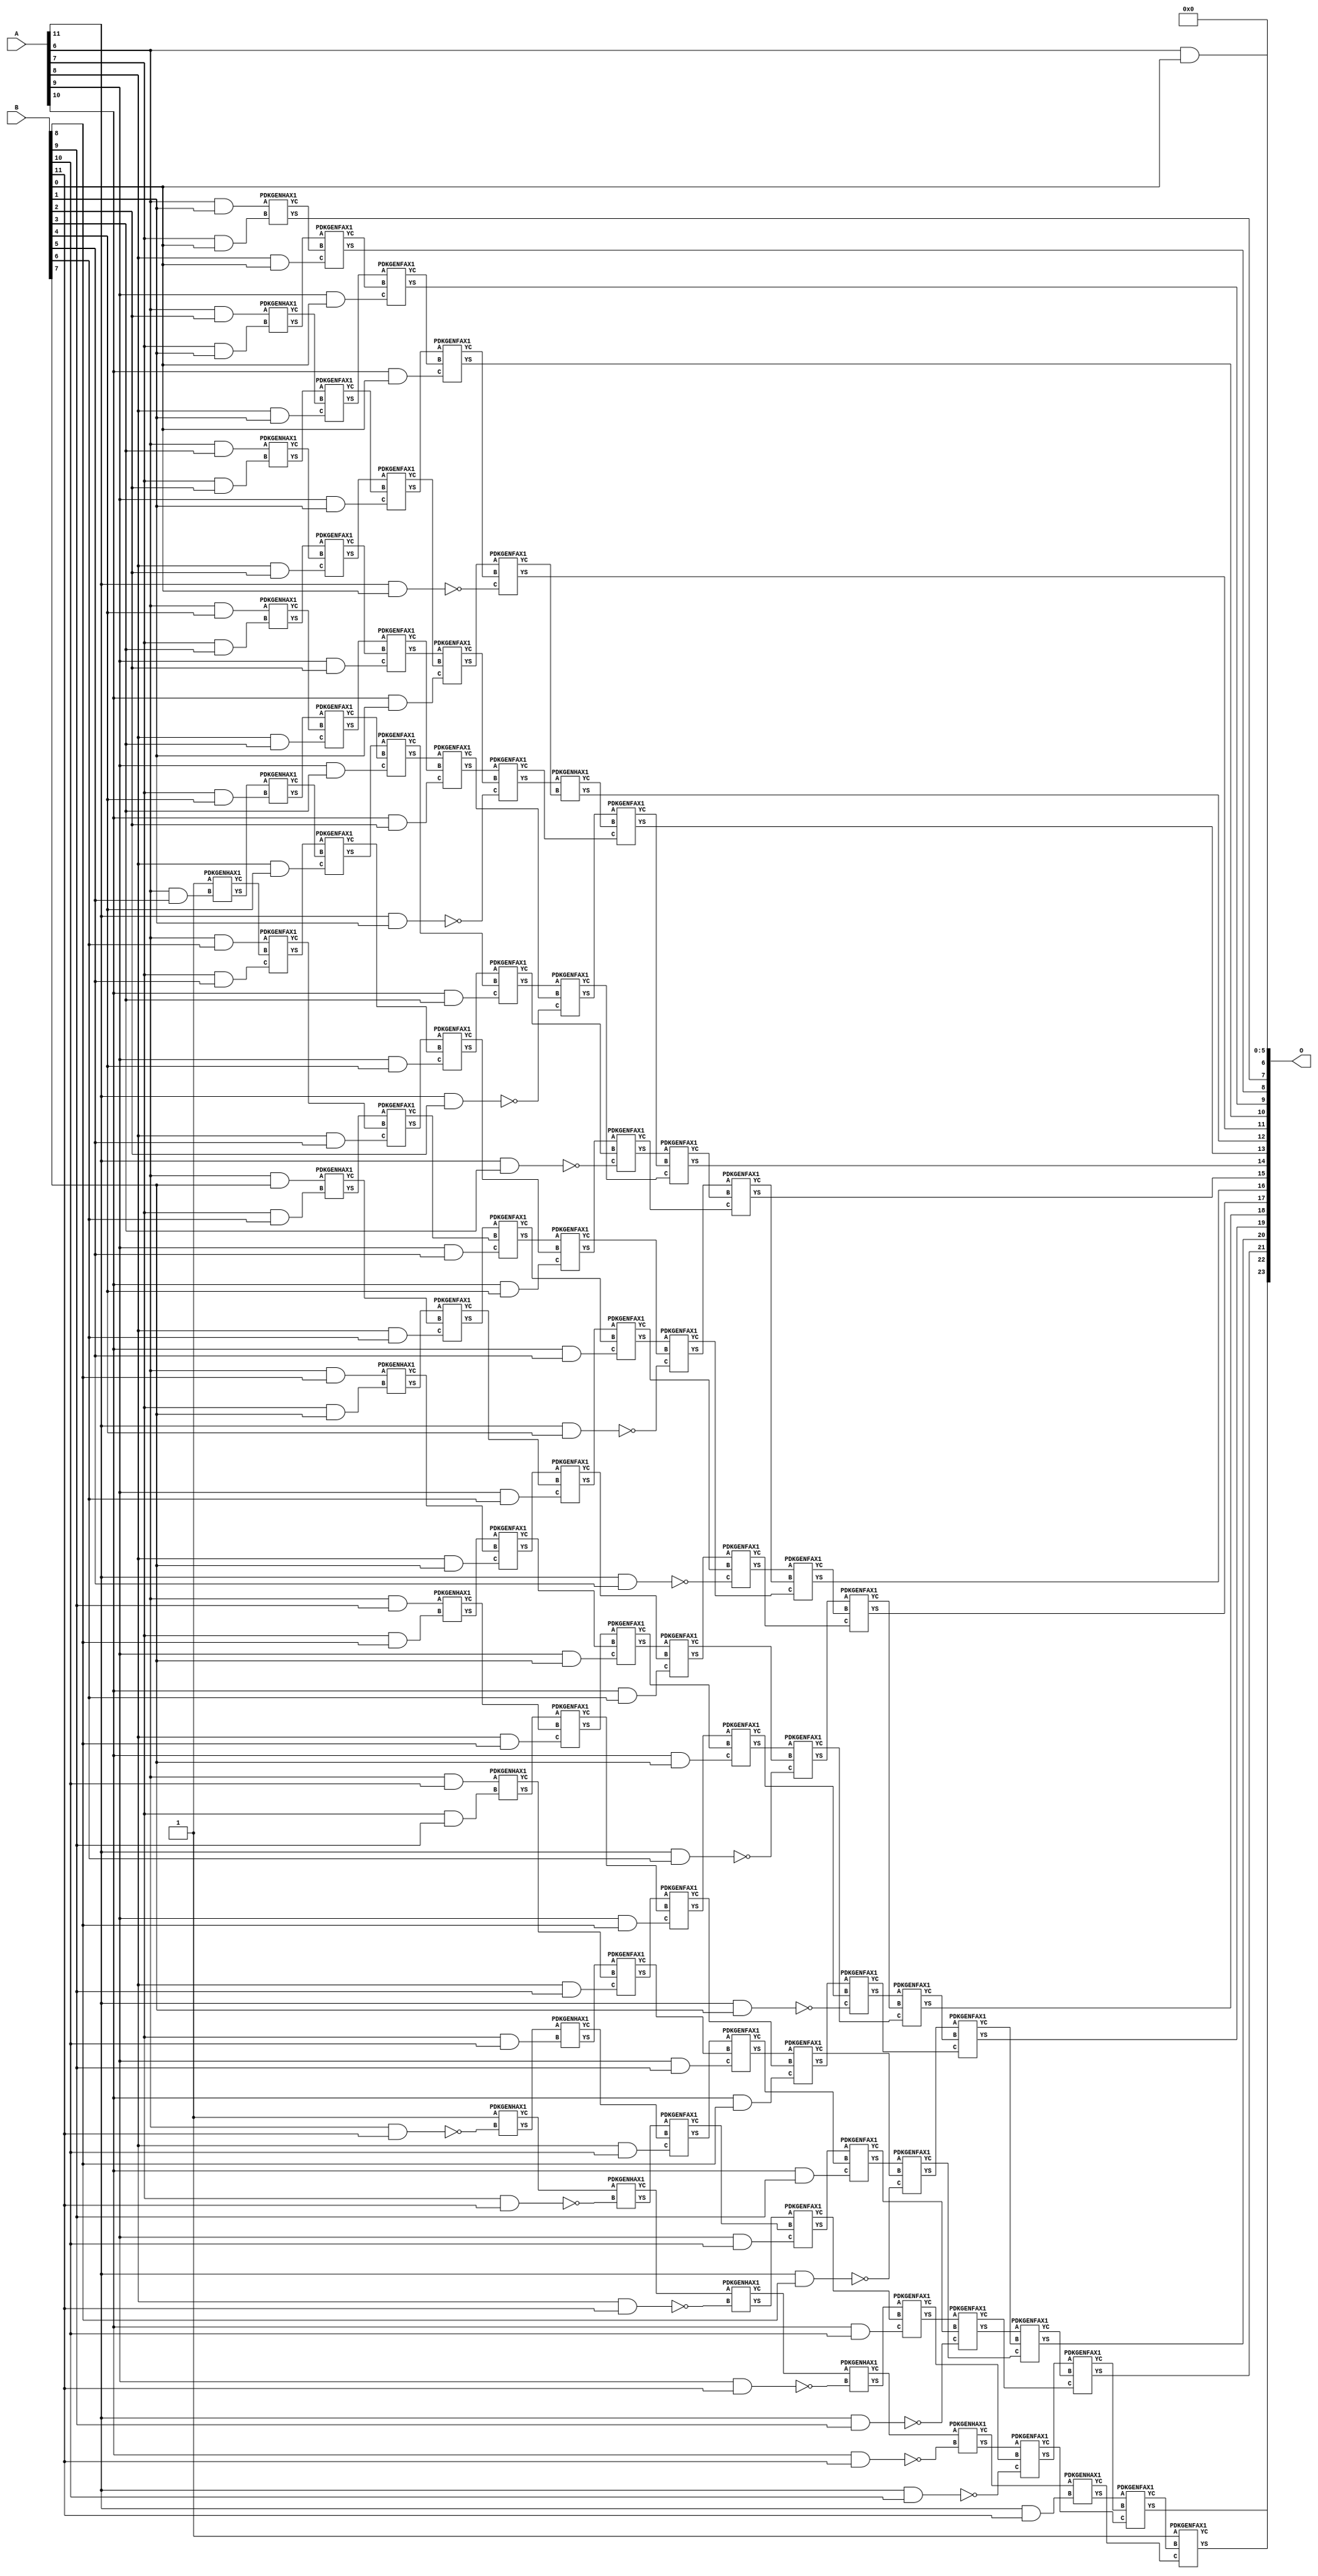
/***
* This code is a part of EvoApproxLib library (ehw.fit.vutbr.cz/approxlib) distributed under The MIT License.
* When used, please cite the following article(s): V. Mrazek, Z. Vasicek, L. Sekanina, H. Jiang and J. Han, "Scalable Construction of Approximate Multipliers With Formally Guaranteed Worst Case Error" in IEEE Transactions on Very Large Scale Integration (VLSI) Systems, vol. 26, no. 11, pp. 2572-2576, Nov. 2018. doi: 10.1109/TVLSI.2018.2856362 
* This file contains a circuit from a sub-set of pareto optimal circuits with respect to the pwr and mre parameters
***/
// MAE% = 0.19 %
// MAE = 32256 
// WCE% = 0.77 %
// WCE = 129024 
// WCRE% = 6300.00 %
// EP% = 98.41 %
// MRE% = 12.72 %
// MSE = 18643.684e5 
// PDK45_PWR = 0.497 mW
// PDK45_AREA = 874.8 um2
// PDK45_DELAY = 1.78 ns


module mul12s_2NM ( A, B, O );
  input [11:0] A;
  input [11:0] B;
  output [23:0] O;

  wire C_10_0,C_10_1,C_10_10,C_10_11,C_10_2,C_10_3,C_10_4,C_10_5,C_10_6,C_10_7,C_10_8,C_10_9,C_11_0,C_11_1,C_11_10,C_11_11,C_11_2,C_11_3,C_11_4,C_11_5,C_11_6,C_11_7,C_11_8,C_11_9,C_12_0,C_12_1,C_12_10,C_12_11,C_12_2,C_12_3,C_12_4,C_12_5,C_12_6,C_12_7,C_12_8,C_12_9,C_6_11,C_6_5,C_7_0,C_7_1,C_7_10,C_7_11,C_7_2,C_7_3,C_7_4,C_7_5,C_7_6,C_7_7,C_7_8,C_7_9,C_8_0,C_8_1,C_8_10,C_8_11,C_8_2,C_8_3,C_8_4,C_8_5,C_8_6,C_8_7,C_8_8,C_8_9,C_9_0,C_9_1,C_9_10,C_9_11,C_9_2,C_9_3,C_9_4,C_9_5,C_9_6,C_9_7,C_9_8,C_9_9,S_0_11,S_10_0,S_10_1,S_10_10,S_10_11,S_10_2,S_10_3,S_10_4,S_10_5,S_10_6,S_10_7,S_10_8,S_10_9,S_11_0,S_11_1,S_11_10,S_11_11,S_11_2,S_11_3,S_11_4,S_11_5,S_11_6,S_11_7,S_11_8,S_11_9,S_12_0,S_12_1,S_12_10,S_12_11,S_12_2,S_12_3,S_12_4,S_12_5,S_12_6,S_12_7,S_12_8,S_12_9,S_1_10,S_2_9,S_3_8,S_4_7,S_5_6,S_6_0,S_6_1,S_6_10,S_6_11,S_6_2,S_6_3,S_6_4,S_6_5,S_6_6,S_6_7,S_6_8,S_6_9,S_7_0,S_7_1,S_7_10,S_7_11,S_7_2,S_7_3,S_7_4,S_7_5,S_7_6,S_7_7,S_7_8,S_7_9,S_8_0,S_8_1,S_8_10,S_8_11,S_8_2,S_8_3,S_8_4,S_8_5,S_8_6,S_8_7,S_8_8,S_8_9,S_9_0,S_9_1,S_9_10,S_9_11,S_9_2,S_9_3,S_9_4,S_9_5,S_9_6,S_9_7,S_9_8,S_9_9;

  assign S_0_11 = 1'b1;
  assign S_1_10 = 1'b1;
  assign S_2_9 = 1'b1;
  assign S_3_8 = 1'b1;
  assign S_4_7 = 1'b1;
  assign S_5_6 = 1'b1;
  assign S_6_0 = (A[6] & B[0]);
  assign S_6_1 = (A[6] & B[1]);
  assign S_6_2 = (A[6] & B[2]);
  assign S_6_3 = (A[6] & B[3]);
  assign S_6_4 = (A[6] & B[4]);
  PDKGENHAX1 U51702 (.A(S_5_6), .B((A[6] & B[5])), .YS(S_6_5), .YC(C_6_5));
  assign S_6_6 = (A[6] & B[6]);
  assign S_6_7 = (A[6] & B[7]);
  assign S_6_8 = (A[6] & B[8]);
  assign S_6_9 = (A[6] & B[9]);
  assign S_6_10 = (A[6] & B[10]);
  PDKGENHAX1 U51708 (.A(1'b1), .B(~(A[6] & B[11])), .YS(S_6_11), .YC(C_6_11));
  PDKGENHAX1 U51709 (.A(S_6_1), .B((A[7] & B[0])), .YS(S_7_0), .YC(C_7_0));
  PDKGENHAX1 U51710 (.A(S_6_2), .B((A[7] & B[1])), .YS(S_7_1), .YC(C_7_1));
  PDKGENHAX1 U51711 (.A(S_6_3), .B((A[7] & B[2])), .YS(S_7_2), .YC(C_7_2));
  PDKGENHAX1 U51712 (.A(S_6_4), .B((A[7] & B[3])), .YS(S_7_3), .YC(C_7_3));
  PDKGENHAX1 U51713 (.A(S_6_5), .B((A[7] & B[4])), .YS(S_7_4), .YC(C_7_4));
  PDKGENFAX1 U51714 (.A(S_6_6), .B(C_6_5), .C((A[7] & B[5])), .YS(S_7_5), .YC(C_7_5));
  PDKGENHAX1 U51715 (.A(S_6_7), .B((A[7] & B[6])), .YS(S_7_6), .YC(C_7_6));
  PDKGENHAX1 U51716 (.A(S_6_8), .B((A[7] & B[7])), .YS(S_7_7), .YC(C_7_7));
  PDKGENHAX1 U51717 (.A(S_6_9), .B((A[7] & B[8])), .YS(S_7_8), .YC(C_7_8));
  PDKGENHAX1 U51718 (.A(S_6_10), .B((A[7] & B[9])), .YS(S_7_9), .YC(C_7_9));
  PDKGENHAX1 U51719 (.A(S_6_11), .B((A[7] & B[10])), .YS(S_7_10), .YC(C_7_10));
  PDKGENHAX1 U51720 (.A(C_6_11), .B(~(A[7] & B[11])), .YS(S_7_11), .YC(C_7_11));
  PDKGENFAX1 U51721 (.A(S_7_1), .B(C_7_0), .C((A[8] & B[0])), .YS(S_8_0), .YC(C_8_0));
  PDKGENFAX1 U51722 (.A(S_7_2), .B(C_7_1), .C((A[8] & B[1])), .YS(S_8_1), .YC(C_8_1));
  PDKGENFAX1 U51723 (.A(S_7_3), .B(C_7_2), .C((A[8] & B[2])), .YS(S_8_2), .YC(C_8_2));
  PDKGENFAX1 U51724 (.A(S_7_4), .B(C_7_3), .C((A[8] & B[3])), .YS(S_8_3), .YC(C_8_3));
  PDKGENFAX1 U51725 (.A(S_7_5), .B(C_7_4), .C((A[8] & B[4])), .YS(S_8_4), .YC(C_8_4));
  PDKGENFAX1 U51726 (.A(S_7_6), .B(C_7_5), .C((A[8] & B[5])), .YS(S_8_5), .YC(C_8_5));
  PDKGENFAX1 U51727 (.A(S_7_7), .B(C_7_6), .C((A[8] & B[6])), .YS(S_8_6), .YC(C_8_6));
  PDKGENFAX1 U51728 (.A(S_7_8), .B(C_7_7), .C((A[8] & B[7])), .YS(S_8_7), .YC(C_8_7));
  PDKGENFAX1 U51729 (.A(S_7_9), .B(C_7_8), .C((A[8] & B[8])), .YS(S_8_8), .YC(C_8_8));
  PDKGENFAX1 U51730 (.A(S_7_10), .B(C_7_9), .C((A[8] & B[9])), .YS(S_8_9), .YC(C_8_9));
  PDKGENFAX1 U51731 (.A(S_7_11), .B(C_7_10), .C((A[8] & B[10])), .YS(S_8_10), .YC(C_8_10));
  PDKGENHAX1 U51732 (.A(C_7_11), .B(~(A[8] & B[11])), .YS(S_8_11), .YC(C_8_11));
  PDKGENFAX1 U51733 (.A(S_8_1), .B(C_8_0), .C((A[9] & B[0])), .YS(S_9_0), .YC(C_9_0));
  PDKGENFAX1 U51734 (.A(S_8_2), .B(C_8_1), .C((A[9] & B[1])), .YS(S_9_1), .YC(C_9_1));
  PDKGENFAX1 U51735 (.A(S_8_3), .B(C_8_2), .C((A[9] & B[2])), .YS(S_9_2), .YC(C_9_2));
  PDKGENFAX1 U51736 (.A(S_8_4), .B(C_8_3), .C((A[9] & B[3])), .YS(S_9_3), .YC(C_9_3));
  PDKGENFAX1 U51737 (.A(S_8_5), .B(C_8_4), .C((A[9] & B[4])), .YS(S_9_4), .YC(C_9_4));
  PDKGENFAX1 U51738 (.A(S_8_6), .B(C_8_5), .C((A[9] & B[5])), .YS(S_9_5), .YC(C_9_5));
  PDKGENFAX1 U51739 (.A(S_8_7), .B(C_8_6), .C((A[9] & B[6])), .YS(S_9_6), .YC(C_9_6));
  PDKGENFAX1 U51740 (.A(S_8_8), .B(C_8_7), .C((A[9] & B[7])), .YS(S_9_7), .YC(C_9_7));
  PDKGENFAX1 U51741 (.A(S_8_9), .B(C_8_8), .C((A[9] & B[8])), .YS(S_9_8), .YC(C_9_8));
  PDKGENFAX1 U51742 (.A(S_8_10), .B(C_8_9), .C((A[9] & B[9])), .YS(S_9_9), .YC(C_9_9));
  PDKGENFAX1 U51743 (.A(S_8_11), .B(C_8_10), .C((A[9] & B[10])), .YS(S_9_10), .YC(C_9_10));
  PDKGENHAX1 U51744 (.A(C_8_11), .B(~(A[9] & B[11])), .YS(S_9_11), .YC(C_9_11));
  PDKGENFAX1 U51745 (.A(S_9_1), .B(C_9_0), .C((A[10] & B[0])), .YS(S_10_0), .YC(C_10_0));
  PDKGENFAX1 U51746 (.A(S_9_2), .B(C_9_1), .C((A[10] & B[1])), .YS(S_10_1), .YC(C_10_1));
  PDKGENFAX1 U51747 (.A(S_9_3), .B(C_9_2), .C((A[10] & B[2])), .YS(S_10_2), .YC(C_10_2));
  PDKGENFAX1 U51748 (.A(S_9_4), .B(C_9_3), .C((A[10] & B[3])), .YS(S_10_3), .YC(C_10_3));
  PDKGENFAX1 U51749 (.A(S_9_5), .B(C_9_4), .C((A[10] & B[4])), .YS(S_10_4), .YC(C_10_4));
  PDKGENFAX1 U51750 (.A(S_9_6), .B(C_9_5), .C((A[10] & B[5])), .YS(S_10_5), .YC(C_10_5));
  PDKGENFAX1 U51751 (.A(S_9_7), .B(C_9_6), .C((A[10] & B[6])), .YS(S_10_6), .YC(C_10_6));
  PDKGENFAX1 U51752 (.A(S_9_8), .B(C_9_7), .C((A[10] & B[7])), .YS(S_10_7), .YC(C_10_7));
  PDKGENFAX1 U51753 (.A(S_9_9), .B(C_9_8), .C((A[10] & B[8])), .YS(S_10_8), .YC(C_10_8));
  PDKGENFAX1 U51754 (.A(S_9_10), .B(C_9_9), .C((A[10] & B[9])), .YS(S_10_9), .YC(C_10_9));
  PDKGENFAX1 U51755 (.A(S_9_11), .B(C_9_10), .C((A[10] & B[10])), .YS(S_10_10), .YC(C_10_10));
  PDKGENHAX1 U51756 (.A(C_9_11), .B(~(A[10] & B[11])), .YS(S_10_11), .YC(C_10_11));
  PDKGENFAX1 U51757 (.A(S_10_1), .B(C_10_0), .C(~(A[11] & B[0])), .YS(S_11_0), .YC(C_11_0));
  PDKGENFAX1 U51758 (.A(S_10_2), .B(C_10_1), .C(~(A[11] & B[1])), .YS(S_11_1), .YC(C_11_1));
  PDKGENFAX1 U51759 (.A(S_10_3), .B(C_10_2), .C(~(A[11] & B[2])), .YS(S_11_2), .YC(C_11_2));
  PDKGENFAX1 U51760 (.A(S_10_4), .B(C_10_3), .C(~(A[11] & B[3])), .YS(S_11_3), .YC(C_11_3));
  PDKGENFAX1 U51761 (.A(S_10_5), .B(C_10_4), .C(~(A[11] & B[4])), .YS(S_11_4), .YC(C_11_4));
  PDKGENFAX1 U51762 (.A(S_10_6), .B(C_10_5), .C(~(A[11] & B[5])), .YS(S_11_5), .YC(C_11_5));
  PDKGENFAX1 U51763 (.A(S_10_7), .B(C_10_6), .C(~(A[11] & B[6])), .YS(S_11_6), .YC(C_11_6));
  PDKGENFAX1 U51764 (.A(S_10_8), .B(C_10_7), .C(~(A[11] & B[7])), .YS(S_11_7), .YC(C_11_7));
  PDKGENFAX1 U51765 (.A(S_10_9), .B(C_10_8), .C(~(A[11] & B[8])), .YS(S_11_8), .YC(C_11_8));
  PDKGENFAX1 U51766 (.A(S_10_10), .B(C_10_9), .C(~(A[11] & B[9])), .YS(S_11_9), .YC(C_11_9));
  PDKGENFAX1 U51767 (.A(S_10_11), .B(C_10_10), .C(~(A[11] & B[10])), .YS(S_11_10), .YC(C_11_10));
  PDKGENHAX1 U51768 (.A(C_10_11), .B((A[11] & B[11])), .YS(S_11_11), .YC(C_11_11));
  PDKGENHAX1 U51769 (.A(S_11_1), .B(C_11_0), .YS(S_12_0), .YC(C_12_0));
  PDKGENFAX1 U51770 (.A(S_11_2), .B(C_12_0), .C(C_11_1), .YS(S_12_1), .YC(C_12_1));
  PDKGENFAX1 U51771 (.A(S_11_3), .B(C_12_1), .C(C_11_2), .YS(S_12_2), .YC(C_12_2));
  PDKGENFAX1 U51772 (.A(S_11_4), .B(C_12_2), .C(C_11_3), .YS(S_12_3), .YC(C_12_3));
  PDKGENFAX1 U51773 (.A(S_11_5), .B(C_12_3), .C(C_11_4), .YS(S_12_4), .YC(C_12_4));
  PDKGENFAX1 U51774 (.A(S_11_6), .B(C_12_4), .C(C_11_5), .YS(S_12_5), .YC(C_12_5));
  PDKGENFAX1 U51775 (.A(S_11_7), .B(C_12_5), .C(C_11_6), .YS(S_12_6), .YC(C_12_6));
  PDKGENFAX1 U51776 (.A(S_11_8), .B(C_12_6), .C(C_11_7), .YS(S_12_7), .YC(C_12_7));
  PDKGENFAX1 U51777 (.A(S_11_9), .B(C_12_7), .C(C_11_8), .YS(S_12_8), .YC(C_12_8));
  PDKGENFAX1 U51778 (.A(S_11_10), .B(C_12_8), .C(C_11_9), .YS(S_12_9), .YC(C_12_9));
  PDKGENFAX1 U51779 (.A(S_11_11), .B(C_12_9), .C(C_11_10), .YS(S_12_10), .YC(C_12_10));
  PDKGENFAX1 U51780 (.A(1'b1), .B(C_12_10), .C(C_11_11), .YS(S_12_11), .YC(C_12_11));
  assign O = {S_12_11,S_12_10,S_12_9,S_12_8,S_12_7,S_12_6,S_12_5,S_12_4,S_12_3,S_12_2,S_12_1,S_12_0,S_11_0,S_10_0,S_9_0,S_8_0,S_7_0,S_6_0,1'b0,1'b0,1'b0,1'b0,1'b0,1'b0};

endmodule

/* mod */
module PDKGENHAX1( input A, input B, output YS, output YC );
    assign YS = A ^ B;
    assign YC = A & B;
endmodule
/* mod */
module PDKGENFAX1( input A, input B, input C, output YS, output YC );
    assign YS = (A ^ B) ^ C;
    assign YC = (A & B) | (B & C) | (A & C);
endmodule